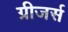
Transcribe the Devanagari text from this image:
ग्रीजर्स